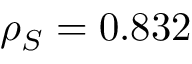
\rho _ { S } = 0 . 8 3 2